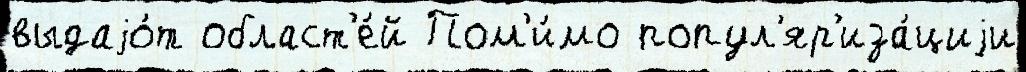
выдаjо́т област'е́й Пом'и́мо попул'яр'иза́циjи